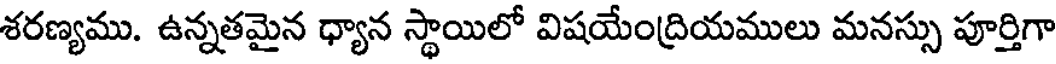
శరణ్యము. ఉన్నతమైన ధ్యాన స్థాయిలో విషయేంద్రియములు మనస్సు పూర్తిగా